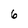
Character: 6